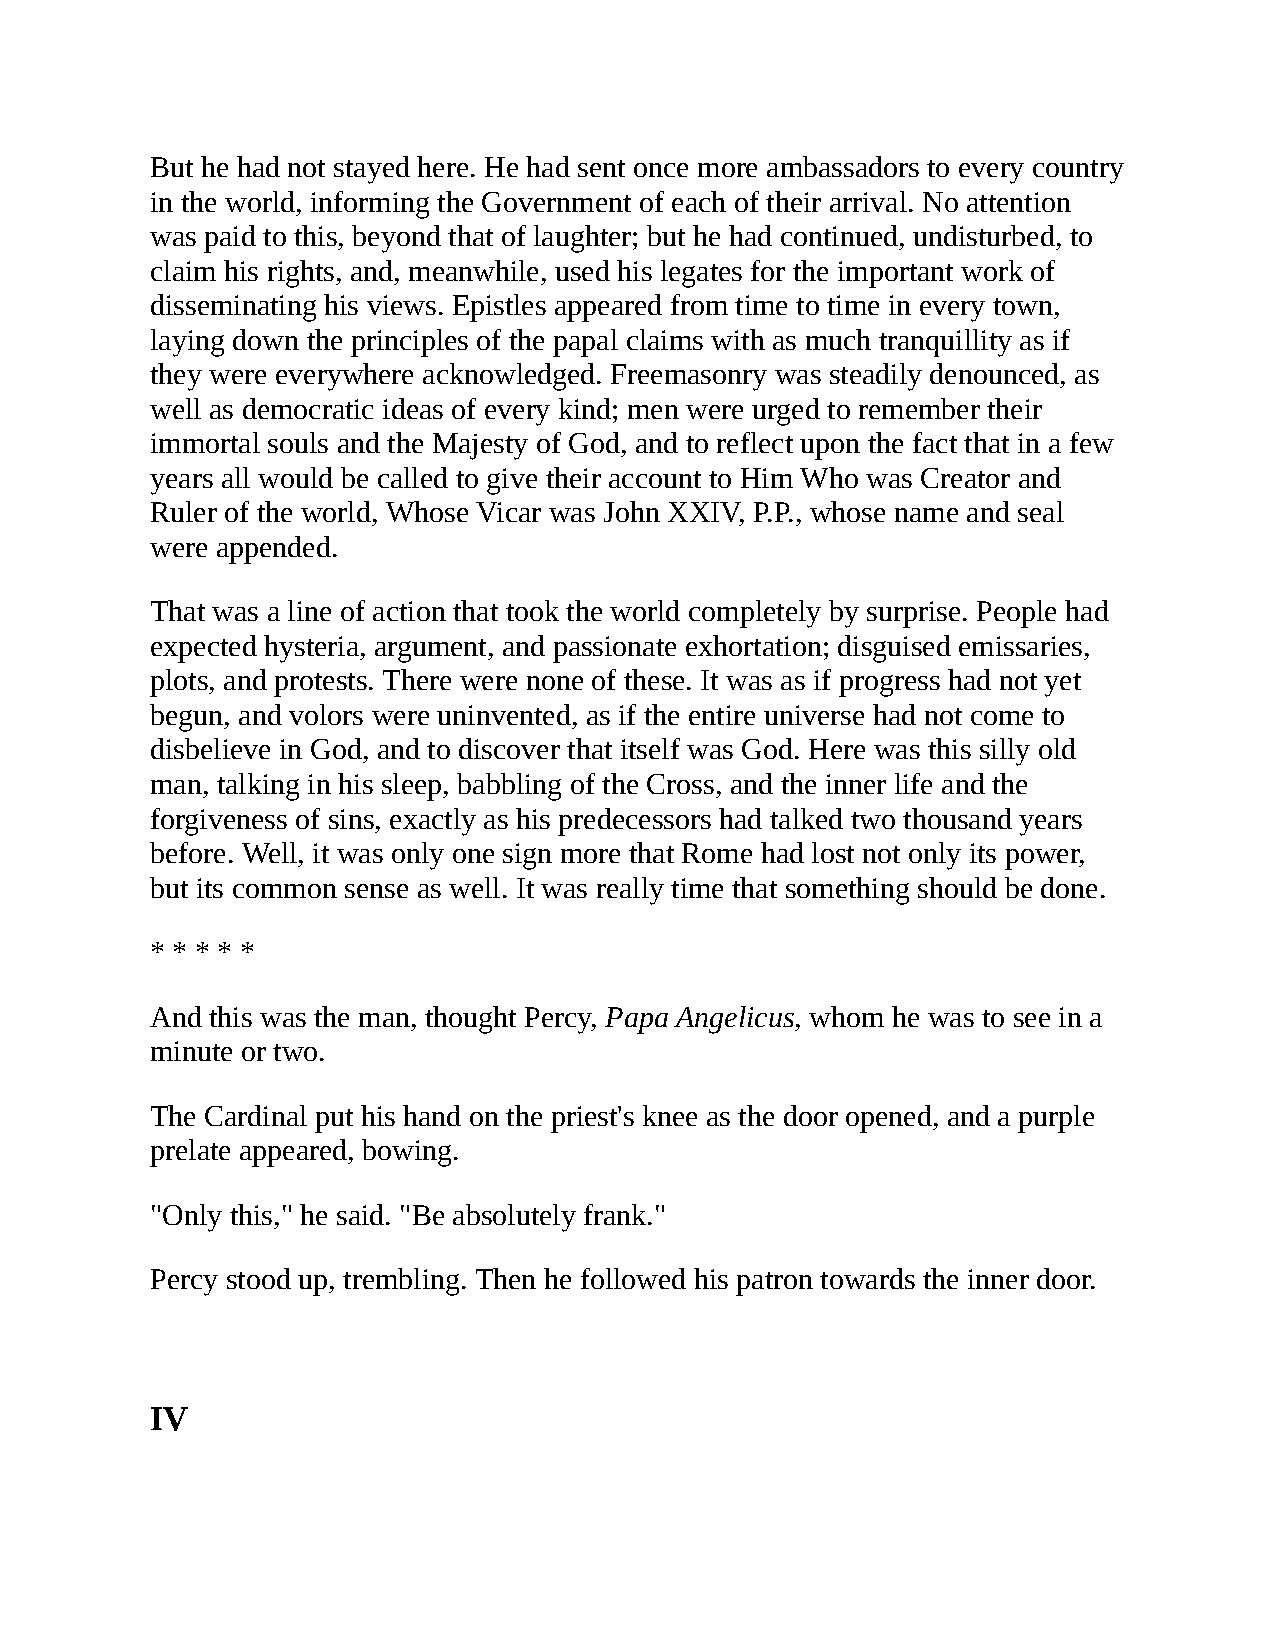
But he had not stayed here. He had sent once more ambassadors to every country
 in the world, informing the Government of each of their arrival. No attention
 was paid to this, beyond that of laughter; but he had continued, undisturbed, to
 claim his rights, and, meanwhile, used his legates for the important work of
 disseminating his views. Epistles appeared from time to time in every town,
 laying down the principles of the papal claims with as much tranquillity as if
 they were everywhere acknowledged. Freemasonry was steadily denounced, as
 well as democratic ideas of every kind; men were urged to remember their
 immortal souls and the Majesty of God, and to reflect upon the fact that in a few
 years all would be called to give their account to Him Who was Creator and
 Ruler of the world, Whose Vicar was John XXIV, P.P., whose name and seal
 were appended.
 That was a line of action that took the world completely by surprise. People had
 expected hysteria, argument, and passionate exhortation; disguised emissaries,
 plots, and protests. There were none of these. It was as if progress had not yet
 begun, and volors were uninvented, as if the entire universe had not come to
 disbelieve in God, and to discover that itself was God. Here was this silly old
 man, talking in his sleep, babbling of the Cross, and the inner life and the
 forgiveness of sins, exactly as his predecessors had talked two thousand years
 before. Well, it was only one sign more that Rome had lost not only its power,
 but its common sense as well. It was really time that something should be done.
 * * * * *
 And this was the man, thought Percy, Papa Angelicus, whom he was to see in a
 minute or two.
 The Cardinal put his hand on the priest's knee as the door opened, and a purple
 prelate appeared, bowing.
 "Only this," he said. "Be absolutely frank."
 Percy stood up, trembling. Then he followed his patron towards the inner door.
 IV